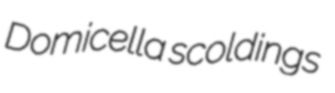
Domicella scoldings